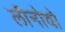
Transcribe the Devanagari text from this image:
लीनोवो